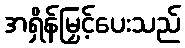
အရှိန်မြှင့်ပေးသည်